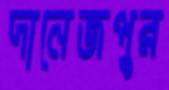
দানেজপুর